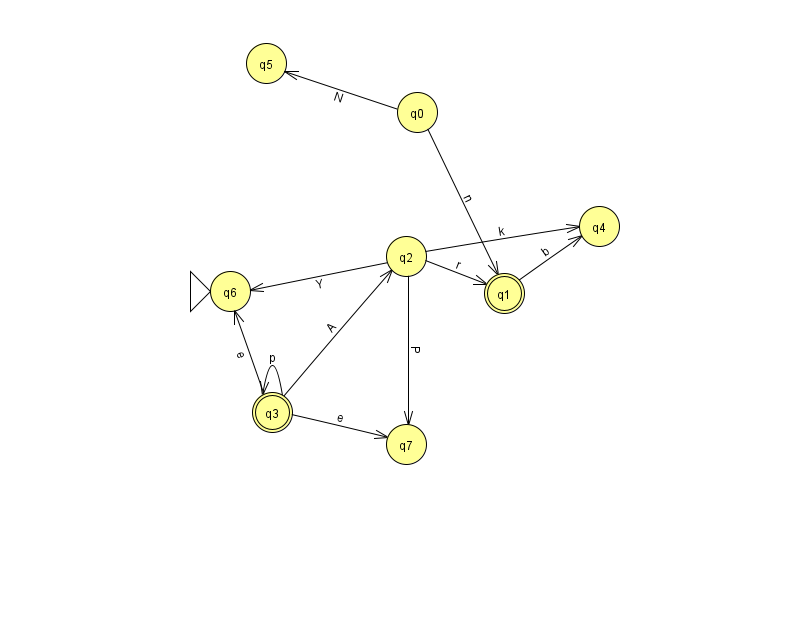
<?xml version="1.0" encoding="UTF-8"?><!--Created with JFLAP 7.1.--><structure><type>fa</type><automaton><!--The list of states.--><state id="0" name="q0"><x>417.0</x><y>99.0</y></state><state id="1" name="q1"><x>504.0</x><y>280.0</y><final/></state><state id="2" name="q2"><x>406.0</x><y>243.0</y></state><state id="3" name="q3"><x>272.0</x><y>399.0</y><final/></state><state id="4" name="q4"><x>599.0</x><y>213.0</y></state><state id="5" name="q5"><x>266.0</x><y>50.0</y></state><state id="6" name="q6"><x>230.0</x><y>278.0</y><initial/></state><state id="7" name="q7"><x>406.0</x><y>431.0</y></state><!--The list of transitions.--><transition><from>3</from><to>3</to><read>p</read></transition><transition><from>3</from><to>6</to><read>e</read></transition><transition><from>2</from><to>6</to><read>Y</read></transition><transition><from>0</from><to>5</to><read>N</read></transition><transition><from>3</from><to>7</to><read>e</read></transition><transition><from>0</from><to>1</to><read>n</read></transition><transition><from>2</from><to>4</to><read>k</read></transition><transition><from>1</from><to>4</to><read>b</read></transition><transition><from>2</from><to>1</to><read>r</read></transition><transition><from>2</from><to>7</to><read>P</read></transition><transition><from>3</from><to>2</to><read>A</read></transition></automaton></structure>